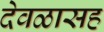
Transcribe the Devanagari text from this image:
देवळासह